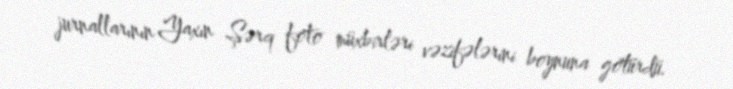
jurnallarının Yaxın Şərq foto müxbirləri vəzifələrini boynuna götürdü.